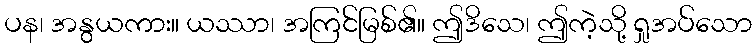
ပန၊ အနွယကား။ ယဿာ၊ အကြင်မြစ်၏။ ဤဒိသေ၊ ဤကဲ့သို့ ရှုအပ်သော